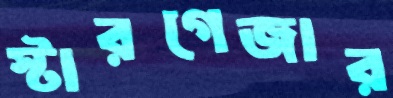
স্টারগেজার